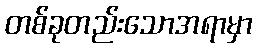
တစ်ခုတည်းသောအရာမှာ